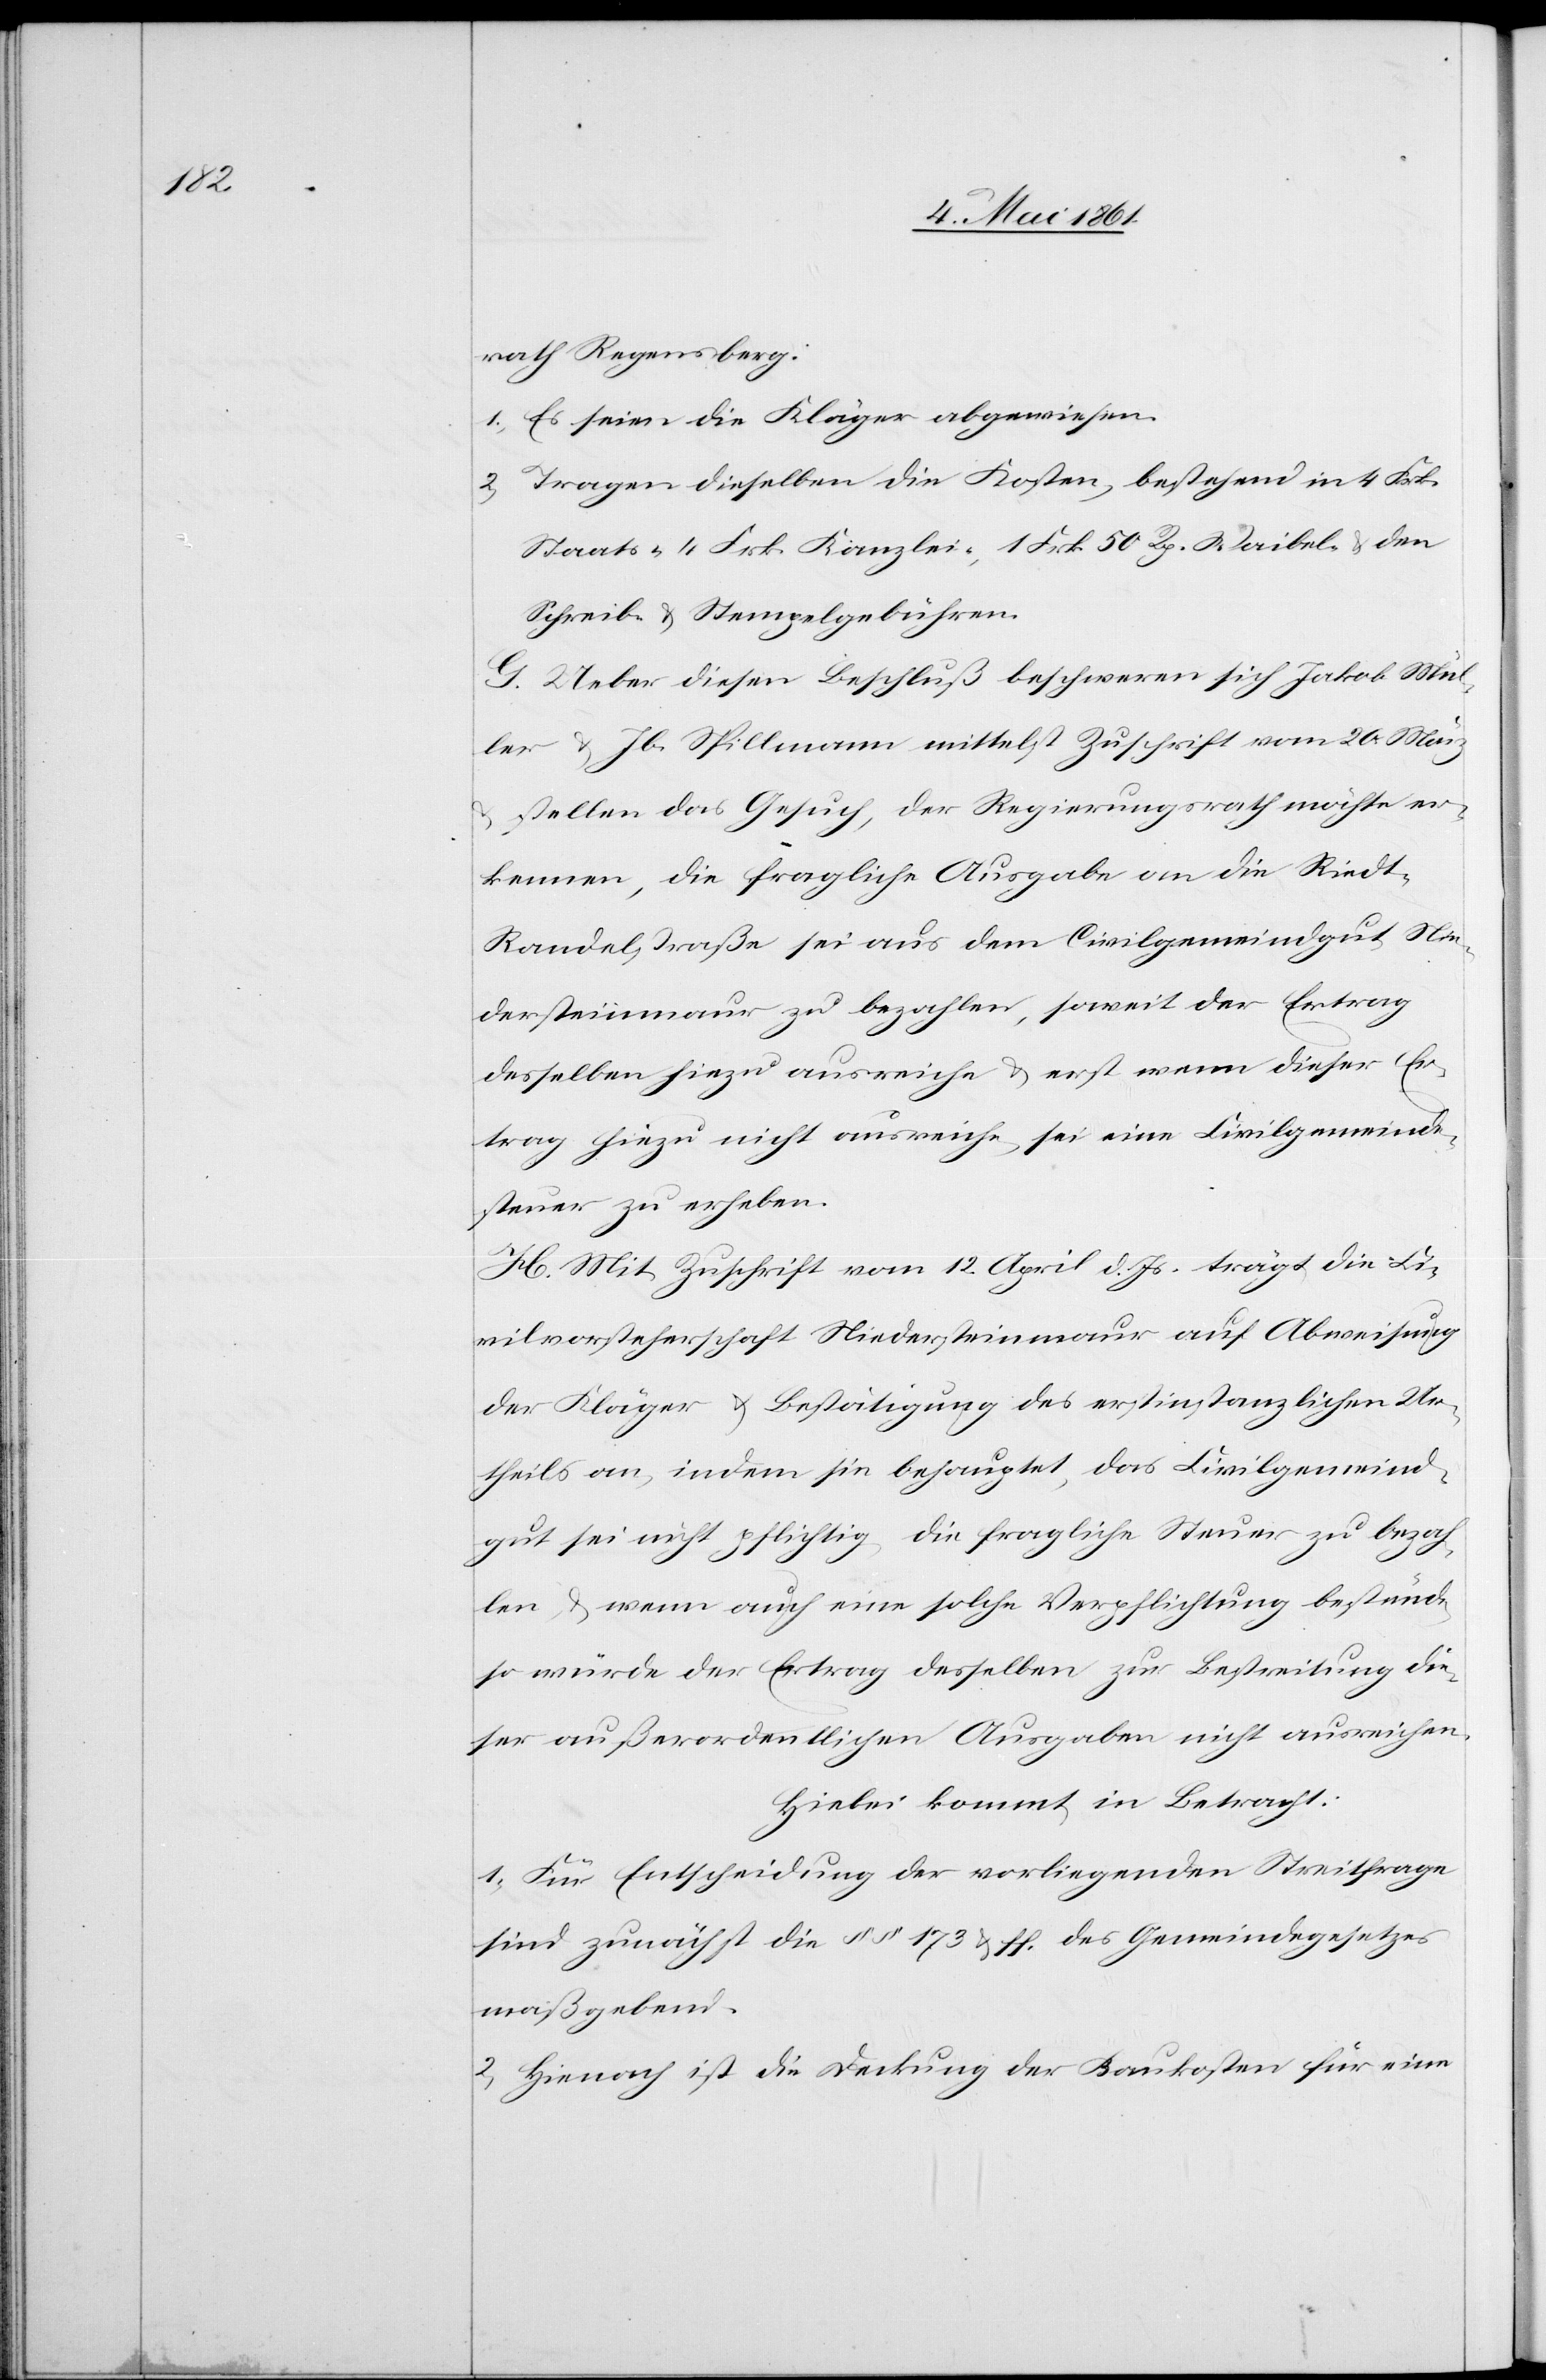
rath Regensberg:
1) Es seien die Kläger abgewiesen.
2) Tragen dieselben die Kosten, bestehend in 4 Frk.
Staats-[,] 4 Frk. Kanzlei-[,] 1 Frk. 50 Rp. Waibel- u. den
Schreib- u. Stempelgebühren.
G. Ueber diesen Beschluss beschweren sich Jakob Mül¬
ler u. Jb. Spillmann mittelst Zuschrift vom 20. März
stellen das Gesuch, der Regierungsrath möchte er¬
kennen, die fragliche Ausgabe an die Riedt-R¬
andelstraße sei aus dem Civilgemeindgut Nie¬
dersteinmaur zu bezahlen, soweit der Ertrag
derselben hiezu ausreiche u. erst wenn dieser Er¬
trag hiezu nicht ausreiche, sei eine Civilgemeinde¬
steuer zu erheben.
H. Mit Zuschrift vom 12. April d. Js. trägt die Ci¬
vilvorsteherschaft Niedersteinmaur auf Abweisung
der Kläger u. Bestätigung des erstinstanzlichen Ur¬
theils an, indem sie behauptet, das Civilgemein¬
gut sei nicht pflichtig, die fragliche Steuer zu bezah¬
len, u. wenn auch eine solche Verpflichtung bestünde,
so würde der Ertrag desselben zur Bestreitung die¬
ser außerordentlichen Ausgaben nicht ausreichen.
Hiebei kommt in Betracht:
1) Für Entscheidung der vorliegenden Streifrage
sind zunächst die §§ 173 u. ff. des Gemeindegesetzes
maßgebend.
2) Hienach ist die Deckung der Baukosten für eine